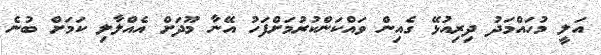
އަލީ މުހައްމަދު ދިރިއުޅޭ ގެއިން ވައްކަންކުރުމަށްފަހު އޭނާ މޫދަށް އެއްލާލި ކަމަށް ބުނެ